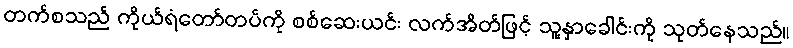
တက်စသည် ကိုယ်ရံတော်တပ်ကို စစ်ဆေးယင်း လက်အိတ်ဖြင့် သူ့နှာခေါင်းကို သုတ်နေသည်။